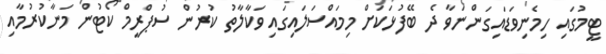
ޓީމުގައި ހިމެނިވަޑައިގަންނަވާ ދެ ބޭފުޅަކަށް މިމައްސަލައިގައި ވަކާލާތު ކުރުން ސުޕްރީމް ކޯޓުން މަނާކުރުމާއި